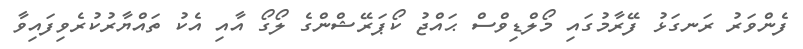
ފެންވަރު ރަނގަޅު ފޭރާމުގައި މޯލްޑިވްސް ޙައްޖު ކޯޕަރޭޝްންގެ ލޯގޯ އާއި އެކު ތައްޔާރުކުރެވިފައިވާ